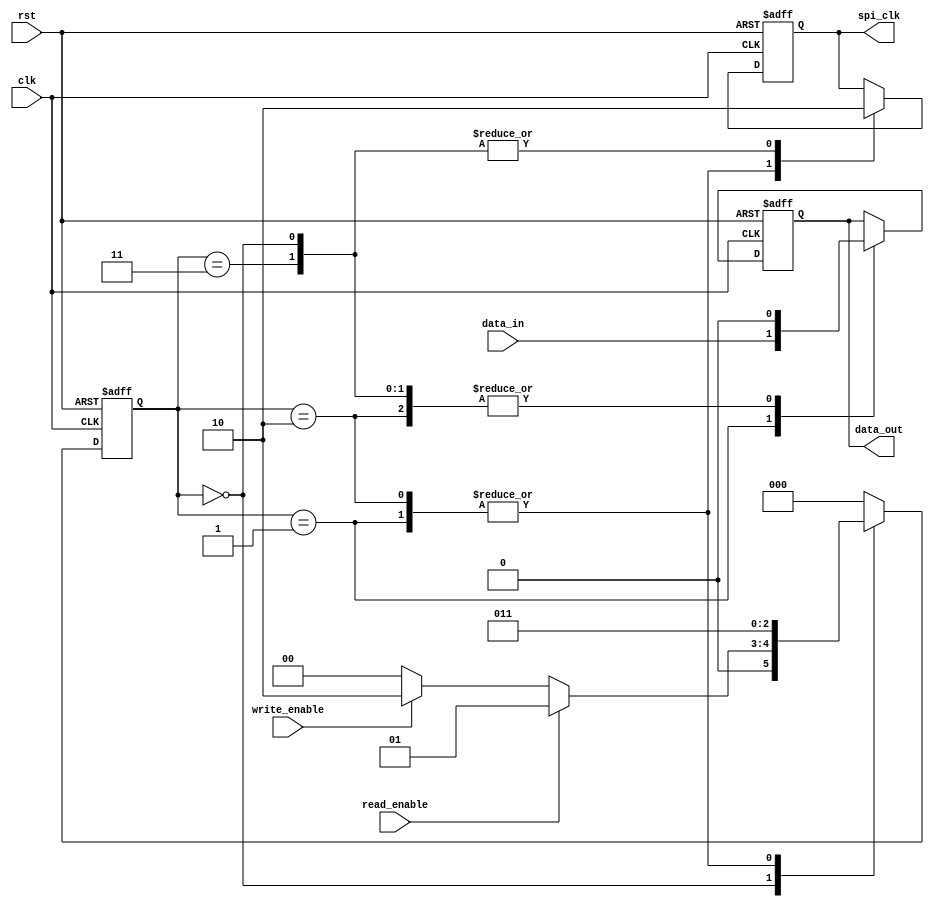
module spi_timing_control (
    input wire clk,
    input wire rst,
    output reg spi_clk,
    input wire data_in,
    output reg data_out,
    input wire read_enable,
    input wire write_enable
);

reg [2:0] state;
parameter IDLE = 3'b000;
parameter READ = 3'b001;
parameter WRITE = 3'b010;
parameter SYNC = 3'b011;

always @ (posedge clk or posedge rst)
begin
    if (rst)
    begin
        state <= IDLE;
        spi_clk <= 0;
        data_out <= 0;
    end
    else
    begin
        case (state)
            IDLE:
                begin
                    spi_clk <= 0;
                    data_out <= 0;
                    if (read_enable)
                        state <= READ;
                    else if (write_enable)
                        state <= WRITE;
                    else
                        state <= IDLE;
                end
            READ:
                begin
                    spi_clk <= 1;
                    data_out <= data_in;
                    state <= SYNC;
                end
            WRITE:
                begin
                    spi_clk <= 1;
                    data_out <= 0; // Write data logic here
                    state <= SYNC;
                end
            SYNC:
                begin
                    spi_clk <= 0;
                    data_out <= 0;
                    state <= IDLE;
                end
            default: state <= IDLE;
        endcase
    end
end

endmodule